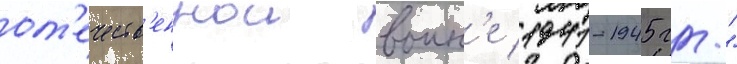
от'ечеств'еннои воин'е 1941-1945 гг."